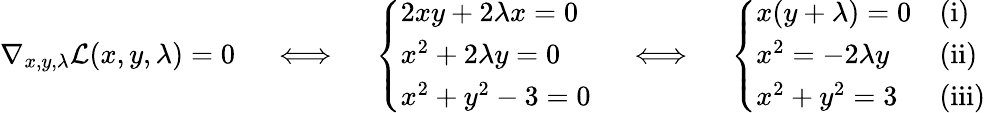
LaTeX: \nabla_{x,y,\lambda}{\mathcal{L}}(x,y,\lambda)=0\quad\iff\quad{\left\{ \begin{array}{ll}{2xy+2\lambda x=0}\\ {x^{2}+2\lambda y=0}\\ {x^{2}+y^{2}-3=0}\end{array}\right.}\quad\iff\quad{\left\{ \begin{array}{ll}{x(y+\lambda)=0}&{{\mathrm{(i)}}}\\ {x^{2}=-2\lambda y}&{{\mathrm{(ii)}}}\\ {x^{2}+y^{2}=3}&{{\mathrm{(iii)}}}\end{array}\right.}